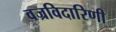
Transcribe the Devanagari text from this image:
वज्रविदारिणी